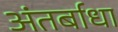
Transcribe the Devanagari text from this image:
अंतर्बाधा